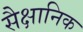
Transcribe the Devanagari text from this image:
सैक्षानिक